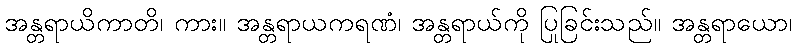
အန္တရာယိကာတိ၊ ကား။ အန္တရာယကရဏံ၊ အန္တရာယ်ကို ပြုခြင်းသည်။ အန္တရာယော၊